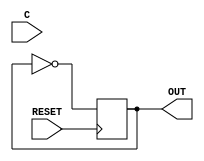
//-----------------------------------------------------------------------------
// BR64 - Bistable Ring PUF 64-bit 
//-----------------------------------------------------------------------------
// dump-vcd: False
// verilator-xinit: zeros
module BR64 
(
  input wire RESET,
  input wire [63:0] C,
  output wire OUT
  `ifdef USE_POWER_PINS
  ,
  inout VSS,
  inout VDD
  `endif
);
  supply1 VDD;
  supply0 VSS;
  // empty module
  // see lib file
  reg int1;

  initial begin
    int1 <= 0;
  end

  always @ (posedge RESET) begin
    int1 <= ~int1;
  end

  assign OUT = int1;
  
endmodule